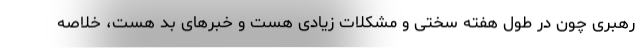
رهبری چون در طول هفته سختی و مشکلات زیادی هست و خبرهای بد هست، خلاصه